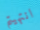
انتهيتم